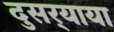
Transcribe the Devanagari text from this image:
दुसर्‍याया